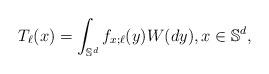
LaTeX: \begin{align*}T_\ell(x)=\int_{\mathbb{S}^d} f_{x;\ell}(y) W(dy), x\in \mathbb{S}^d,\end{align*}